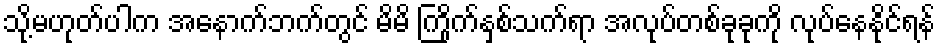
သို့မဟုတ်ပါက အနောက်ဘက်တွင် မိမိ ကြိုက်နှစ်သက်ရာ အလုပ်တစ်ခုခုကို လုပ်နေနိုင်ရန်